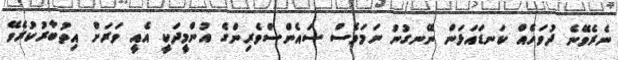
ނެރެވޭނެ ދުވަހެއް ކަނޑައަޅަން ނޭނގުނު ނަމަވެސް ސައެންސްވެރިންގެ އުންމީދަކީ އެއީ ވަރަށް އިތުބާރުކުރެވޭ